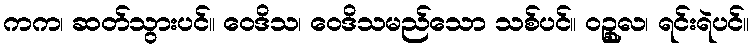
ကက၊ ဆတ်သွားပင်။ ဝေဒိသ၊ ဝေဒိသမည်သော သစ်ပင်။ ဝဉ္စုလ၊ ရင်းရဲပင်။